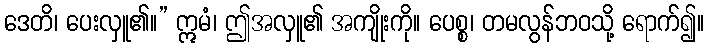
ဒေတိ၊ ပေးလှူ၏။” ဣမံ၊ ဤအလှူ၏ အကျိုးကို။ ပေစ္စ၊ တမလွန်ဘဝသို့ ရောက်၍။